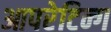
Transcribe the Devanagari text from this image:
आपरेटिन्ग